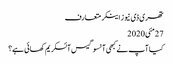
تھری ڈی نیوز اینکر متعارف
27مئی2020
کیا آپ نے کبھی آنسو گیس آئسکریم کھائی ہے؟